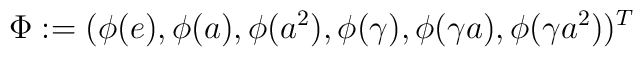
\Phi:=      (\phi(e),\phi(a),\phi(a^2),\phi(\gamma),\phi(\gamma a),\phi(\gamma      a^2))^T